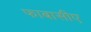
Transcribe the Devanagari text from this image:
फाबासीए